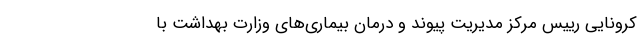
کرونایی رییس مرکز مدیریت پیوند و درمان بیماری‌های وزارت بهداشت با